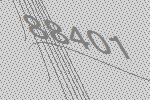
88401